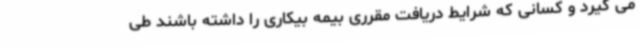
می گیرد و کسانی که شرایط دریافت مقرری بیمه بیکاری را داشته باشند طی